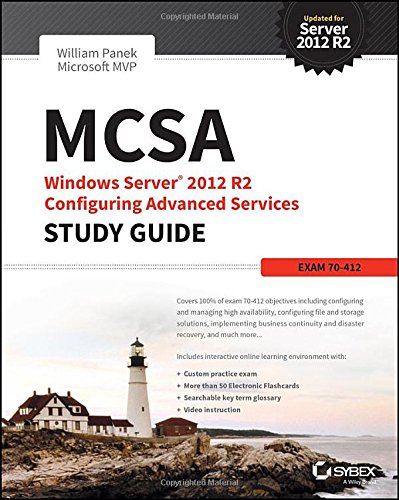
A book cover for MCSA Windows Server 2012 R2 Configuring Advanced Services Study Guide: Exam 70-412; William Panek; Computers & Technology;